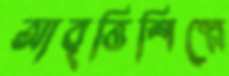
আবৃত্তিশিল্পে